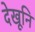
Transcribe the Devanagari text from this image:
देखूनि